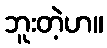
ဘူးတဲ့ဟ။